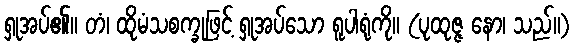
ရှုအပ်၏။ တံ၊ ထိုမံသစက္ခုဖြင့် ရှုအပ်သော ရူပါရုံကို။ (ပုထုဇ္ဇ နော၊ သည်။)